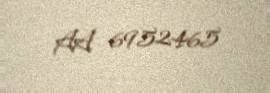
AA 6952465